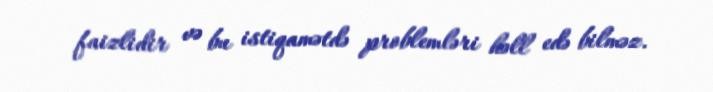
faizlidir və bu istiqamətdə problemləri həll edə bilməz.